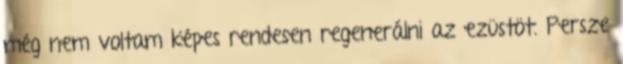
még nem voltam képes rendesen regenerálni az ezüstöt. Persze